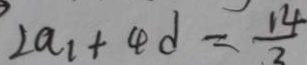
2 a _ { 1 } + 4 d = \frac { 1 4 } { 2 }